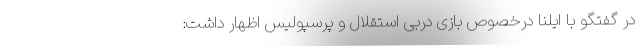
در گفتگو با ایلنا درخصوص بازی دربی استقلال و پرسپولیس اظهار داشت: